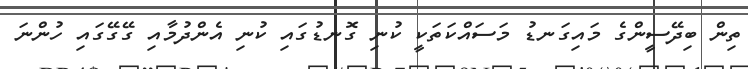
ތިން ބިދޭސީންގެ މައިގަނޑު މަސައްކަތަކީ ކުނި ގޮނޑުގައި ކުނިި އެންދުމާއި ގޭގޭގައި ހުންނަ